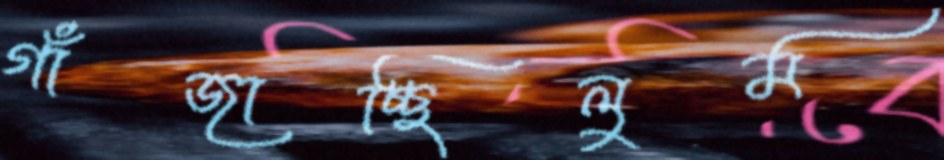
গাঁজাচ্ছিলুম